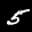
Label: 5